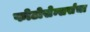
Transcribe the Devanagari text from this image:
फोटोसेन्सर्सचा